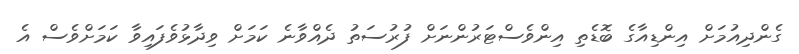
ގެންދިއުމަށް އިންޑިއާގެ ބޮޑެތި އިންވެސްޓަރުންނަށް ފުރުސަތު ދެއްވާނެ ކަމަށް ވިދާޅުވެފައިވާ ކަމަށްވެސް އެ